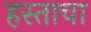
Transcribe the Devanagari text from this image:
हस्ताचा